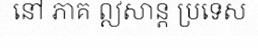
នៅ ភាគ ឦសាន្ត ប្រទេស